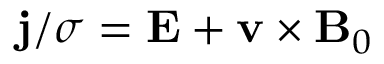
\mathbf { j } / \sigma = \mathbf { E } + \mathbf { v } \times \mathbf { B } _ { 0 }